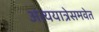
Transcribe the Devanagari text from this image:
अंत्ययात्रेसमवेत